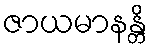
ဇာယမာနန္တိ